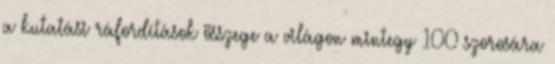
a kutatási ráfordítások összege a világon mintegy 100 szorosára